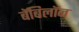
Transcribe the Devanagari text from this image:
बॅबिलॉन